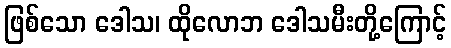
ဖြစ်သော ဒေါသ၊ ထိုလောဘ ဒေါသမီးတို့ကြောင့်